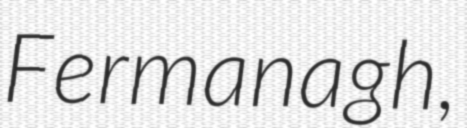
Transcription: Fermanagh,